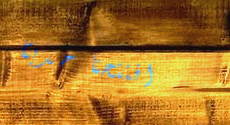
افتتحنا حديثاً